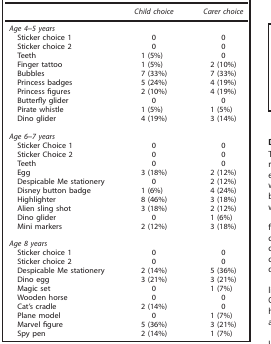
<table><thead><tr><td><b> </b></td><td><b><i>Child choice</i></b></td><td><b><i>Carer choice</i></b></td></tr></thead><tbody><tr><td colspan="3"><i>Age 4–5 years</i></td></tr><tr><td> Sticker choice 1</td><td>0</td><td>0</td></tr><tr><td> Sticker choice 2</td><td>0</td><td>0</td></tr><tr><td> Teeth</td><td>1 (5%)</td><td>0</td></tr><tr><td> Finger tattoo</td><td>1 (5%)</td><td>2 (10%)</td></tr><tr><td> Bubbles</td><td>7 (33%)</td><td>7 (33%)</td></tr><tr><td> Princess badges</td><td>5 (24%)</td><td>4 (19%)</td></tr><tr><td> Princess figures</td><td>2 (10%)</td><td>4 (19%)</td></tr><tr><td> Butterfly glider</td><td>0</td><td>0</td></tr><tr><td> Pirate whistle</td><td>1 (5%)</td><td>1 (5%)</td></tr><tr><td> Dino glider</td><td>4 (19%)</td><td>3 (14%)</td></tr><tr><td> </td><td> </td><td> </td></tr><tr><td colspan="3"><i>Age 6–7 years</i></td></tr><tr><td> Sticker Choice 1</td><td>0</td><td>0</td></tr><tr><td> Sticker Choice 2</td><td>0</td><td>0</td></tr><tr><td> Teeth</td><td>0</td><td>0</td></tr><tr><td> Egg</td><td>3 (18%)</td><td>2 (12%)</td></tr><tr><td> Despicable Me stationery</td><td>0</td><td>2 (12%)</td></tr><tr><td> Disney button badge</td><td>1 (6%)</td><td>4 (24%)</td></tr><tr><td> Highlighter</td><td>8 (46%)</td><td>3 (18%)</td></tr><tr><td> Alien sling shot</td><td>3 (18%)</td><td>2 (12%)</td></tr><tr><td> Dino glider</td><td>0</td><td>1 (6%)</td></tr><tr><td> Mini markers</td><td>2 (12%)</td><td>3 (18%)</td></tr><tr><td> </td><td> </td><td> </td></tr><tr><td colspan="3"><i>Age 8 years</i></td></tr><tr><td> Sticker choice 1</td><td>0</td><td>0</td></tr><tr><td> Sticker choice 2</td><td>0</td><td>0</td></tr><tr><td> Despicable Me stationery</td><td>2 (14%)</td><td>5 (36%)</td></tr><tr><td> Dino egg</td><td>3 (21%)</td><td>3 (21%)</td></tr><tr><td> Magic set</td><td>0</td><td>1 (7%)</td></tr><tr><td> Wooden horse</td><td>0</td><td>0</td></tr><tr><td> Cat’s cradle</td><td>2 (14%)</td><td>0</td></tr><tr><td> Plane model</td><td>0</td><td>1 (7%)</td></tr><tr><td> Marvel figure</td><td>5 (36%)</td><td>3 (21%)</td></tr><tr><td> Spy pen</td><td>2 (14%)</td><td>1 (7%)</td></tr></tbody></table>